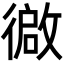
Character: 𫹢